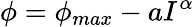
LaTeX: \phi=\phi_{max}-aI^{\alpha}